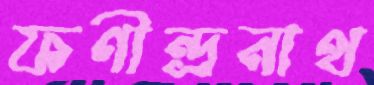
ফণীন্দ্রনাথ